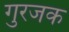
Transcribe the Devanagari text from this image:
गुरजक